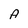
Character: A